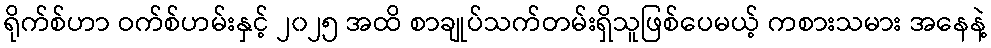
ရိုက်စ်ဟာ ဝက်စ်ဟမ်းနှင့် ၂၀၂၅ အထိ စာချုပ်သက်တမ်းရှိသူဖြစ်ပေမယ့် ကစားသမား အနေနဲ့